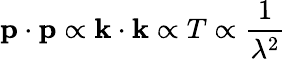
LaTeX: \mathbf{p}\cdot\mathbf{p}\propto\mathbf{k}\cdot\mathbf{k}\propto T\propto{\frac{1}{\lambda^{2}}}